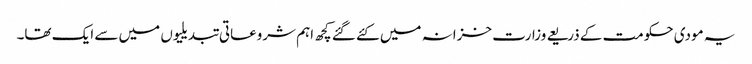
یہ مودی حکومت کے ذریعے وزارت خزانہ میں کئے گئے کچھ اہم شروعاتی تبدیلیوں میں سے ایک تھا۔